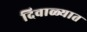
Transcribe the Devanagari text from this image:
दिवाळ्यात